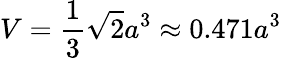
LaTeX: V={\frac{1}{3}}{\sqrt{2}}a^{3}\approx 0.471a^{3}